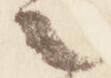
之